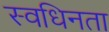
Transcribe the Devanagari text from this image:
स्वधिनता